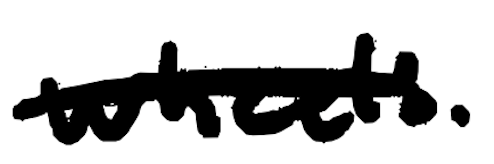
Text: wheels.
Cross-out: mix
Writing tool: digital_black